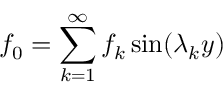
f _ { 0 } = \sum _ { k = 1 } ^ { \infty } f _ { k } \sin ( \lambda _ { k } y )